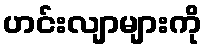
ဟင်းလျာများကို